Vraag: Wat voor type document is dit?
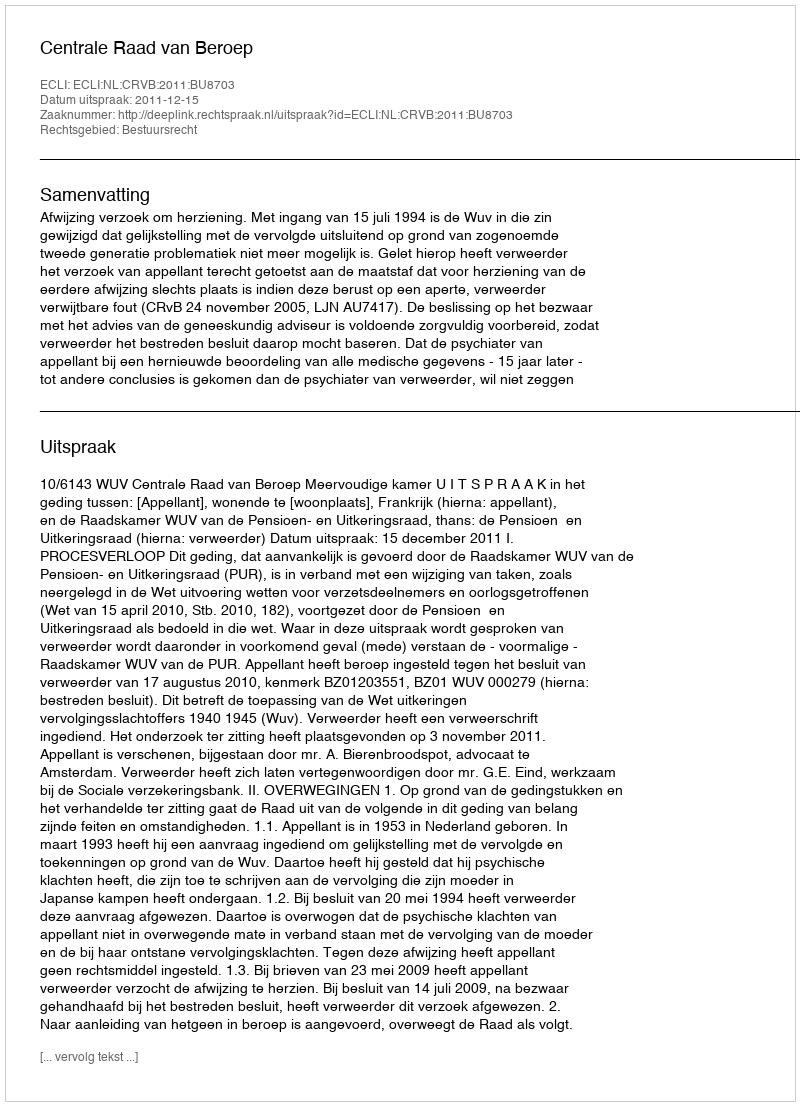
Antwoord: Uitspraak